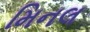
મિનલ